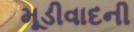
મૂડીવાદની